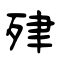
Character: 肂